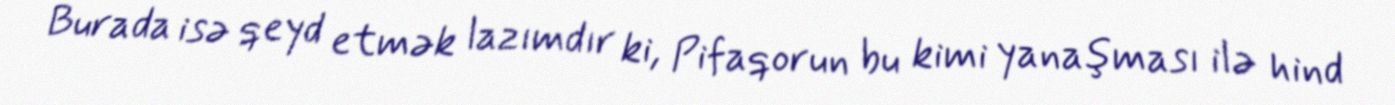
Burada isə qeyd etmək lazımdır ki, Pifaqorun bu kimi yanaşması ilə hind